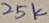
Text: 25k